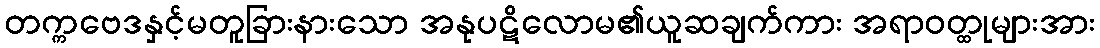
တက္ကဗေဒနှင့်မတူခြားနားသော အနုပဋိလောမ၏ယူဆချက်ကား အရာဝတ္ထုများအား